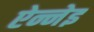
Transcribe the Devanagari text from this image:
ऐन्नेइ